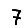
Digit: 7